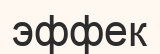
эффек